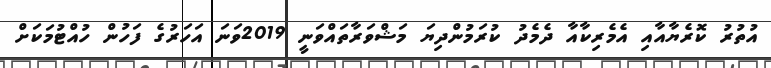
އުތުރު ކޮރެޔާއާއި އެމެރިކާއާ ދެމެދު ކުރަމުންދިޔަ މަޝްވަރާތައްވަނީ 2019ވަނަ އަހަރުގެ ފަހުން ހުއްޓުމަކަށް